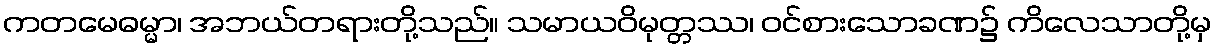
ကတမေဓမ္မာ၊ အဘယ်တရားတို့သည်။ သမာယဝိမုတ္တဿ၊ ဝင်စားသောခဏ၌ ကိလေသာတို့မှ